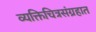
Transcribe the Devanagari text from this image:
व्यक्तिचित्रसंग्रहात